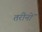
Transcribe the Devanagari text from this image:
तरीनों